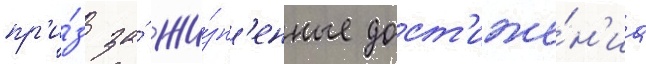
пр'и́з за́ жи́зн'енные дост'иже́н'иа